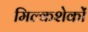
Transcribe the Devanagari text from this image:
मिल्कशेकों